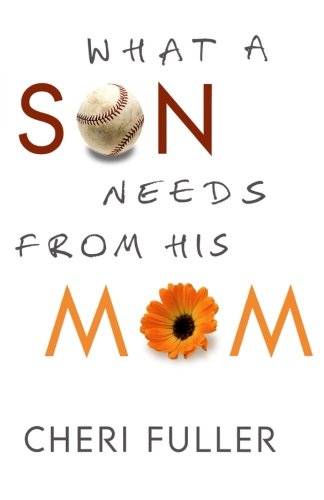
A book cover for What a Son Needs from His Mom; Cheri Fuller; Parenting & Relationships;